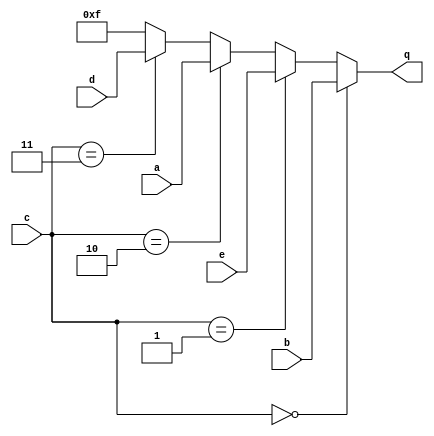
module top_module (
    input [3:0] a,
    input [3:0] b,
    input [3:0] c,
    input [3:0] d,
    input [3:0] e,
    output [3:0] q );
    
    assign q = (c==0)?b:((c==1)?e:((c==2)?a:((c==3)?d:4'b1111)));

endmodule